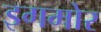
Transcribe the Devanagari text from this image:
इगमोर